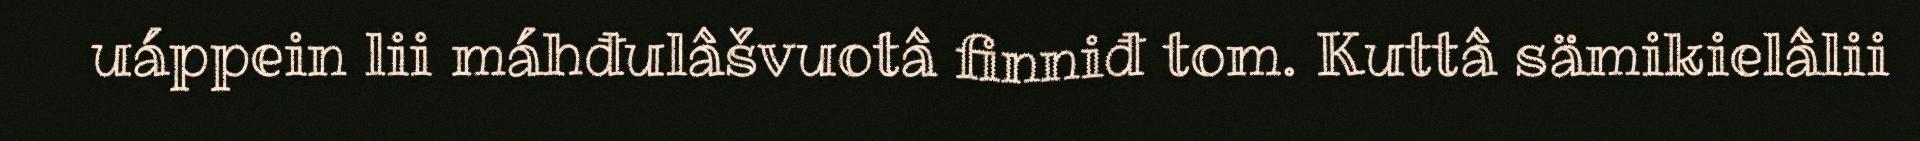
uáppein lii máhđulâšvuotâ finniđ tom. Kuttâ sämikielâlii